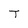
Character: T